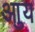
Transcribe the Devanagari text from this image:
आुय